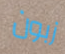
زبون